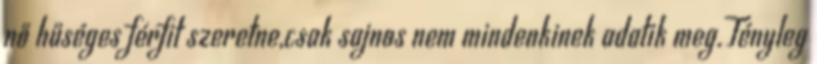
nő hűséges férfit szeretne,csak sajnos nem mindenkinek adatik meg.Tényleg